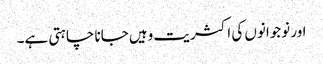
اور نوجوانوں کی اکثریت وہیں جانا چاہتی ہے۔